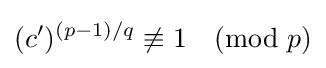
(c')^{(p-1)/q}\not \equiv 1{\pmod {p}}